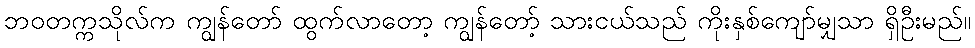
ဘဝတက္ကသိုလ်က ကျွန်တော် ထွက်လာတော့ ကျွန်တော့် သားငယ်သည် ကိုးနှစ်ကျော်မျှသာ ရှိဦးမည်။